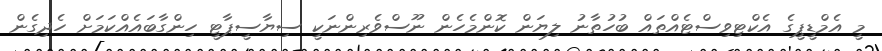
މީ އެމްޑީޕީގެ އެކްޓިވިސްޓެއްތައް ބުހުތާނު ލިޔަން ކޮންމެހެން ނޫސްވެރިންނަކީ ސިޔާސީޕާޓީ ހިންގާބައެއްކަމަށް ހެދިގެން